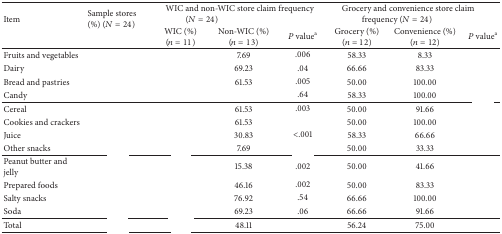
<table><thead><tr><td rowspan="2"><b>Item</b></td><td rowspan="2"><b>Sample stores (%) (<i>N</i> = 24)</b></td><td colspan="3"><b> WIC and non-WIC store claim frequency (<i>N</i> = 24)</b></td><td colspan="3"><b> Grocery and convenience store claim frequency (<i>N</i> = 24)</b></td></tr><tr><td><b>WIC (%)(<i>n</i> = 11)</b></td><td><b>Non-WIC (%)(<i>n</i> = 13)</b></td><td><b><i>P</i> value<sup>a</sup></b></td><td><b>Grocery (%)(<i>n</i> = 12)</b></td><td><b>Convenience (%) (<i>n</i> = 12)</b></td><td><b><i>P</i> value<sup>a</sup></b></td></tr></thead><tbody><tr><td>Fruits and vegetables </td><td>[EMPTY_CELL]</td><td>[EMPTY_CELL]</td><td>7.69</td><td>.006</td><td>58.33</td><td>8.33</td><td>[EMPTY_CELL]</td></tr><tr><td>Dairy </td><td>[EMPTY_CELL]</td><td>[EMPTY_CELL]</td><td>69.23</td><td>.04</td><td>66.66</td><td>83.33</td><td>[EMPTY_CELL]</td></tr><tr><td>Bread and pastries </td><td>[EMPTY_CELL]</td><td>[EMPTY_CELL]</td><td>61.53</td><td>.005</td><td>50.00</td><td>100.00</td><td>[EMPTY_CELL]</td></tr><tr><td>Candy </td><td>[EMPTY_CELL]</td><td>[EMPTY_CELL]</td><td>[EMPTY_CELL]</td><td>.64</td><td>58.33</td><td>100.00</td><td>[EMPTY_CELL]</td></tr><tr><td>Cereal </td><td>[EMPTY_CELL]</td><td>[EMPTY_CELL]</td><td>61.53</td><td>.003</td><td>50.00</td><td>91.66</td><td>[EMPTY_CELL]</td></tr><tr><td>Cookies and crackers </td><td>[EMPTY_CELL]</td><td>[EMPTY_CELL]</td><td>61.53</td><td>[EMPTY_CELL]</td><td>50.00</td><td>100.00</td><td>[EMPTY_CELL]</td></tr><tr><td>Juice </td><td>[EMPTY_CELL]</td><td>[EMPTY_CELL]</td><td>30.83</td><td>&lt;.001</td><td>58.33</td><td>66.66</td><td>[EMPTY_CELL]</td></tr><tr><td>Other snacks </td><td>[EMPTY_CELL]</td><td>[EMPTY_CELL]</td><td>7.69</td><td>[EMPTY_CELL]</td><td>50.00</td><td>33.33</td><td>[EMPTY_CELL]</td></tr><tr><td>Peanut butter and jelly </td><td>[EMPTY_CELL]</td><td>[EMPTY_CELL]</td><td>15.38</td><td>.002</td><td>50.00</td><td>41.66</td><td>[EMPTY_CELL]</td></tr><tr><td>Prepared foods </td><td>[EMPTY_CELL]</td><td>[EMPTY_CELL]</td><td>46.16</td><td>.002</td><td>50.00</td><td>83.33</td><td>[EMPTY_CELL]</td></tr><tr><td>Salty snacks </td><td>[EMPTY_CELL]</td><td>[EMPTY_CELL]</td><td>76.92</td><td>.54</td><td>66.66</td><td>100.00</td><td>[EMPTY_CELL]</td></tr><tr><td>Soda </td><td>[EMPTY_CELL]</td><td>[EMPTY_CELL]</td><td>69.23</td><td>.06</td><td>66.66</td><td>91.66</td><td>[EMPTY_CELL]</td></tr><tr><td>Total</td><td>[EMPTY_CELL]</td><td>[EMPTY_CELL]</td><td>48.11</td><td>[EMPTY_CELL]</td><td>56.24</td><td>75.00</td><td>[EMPTY_CELL]</td></tr></tbody></table>